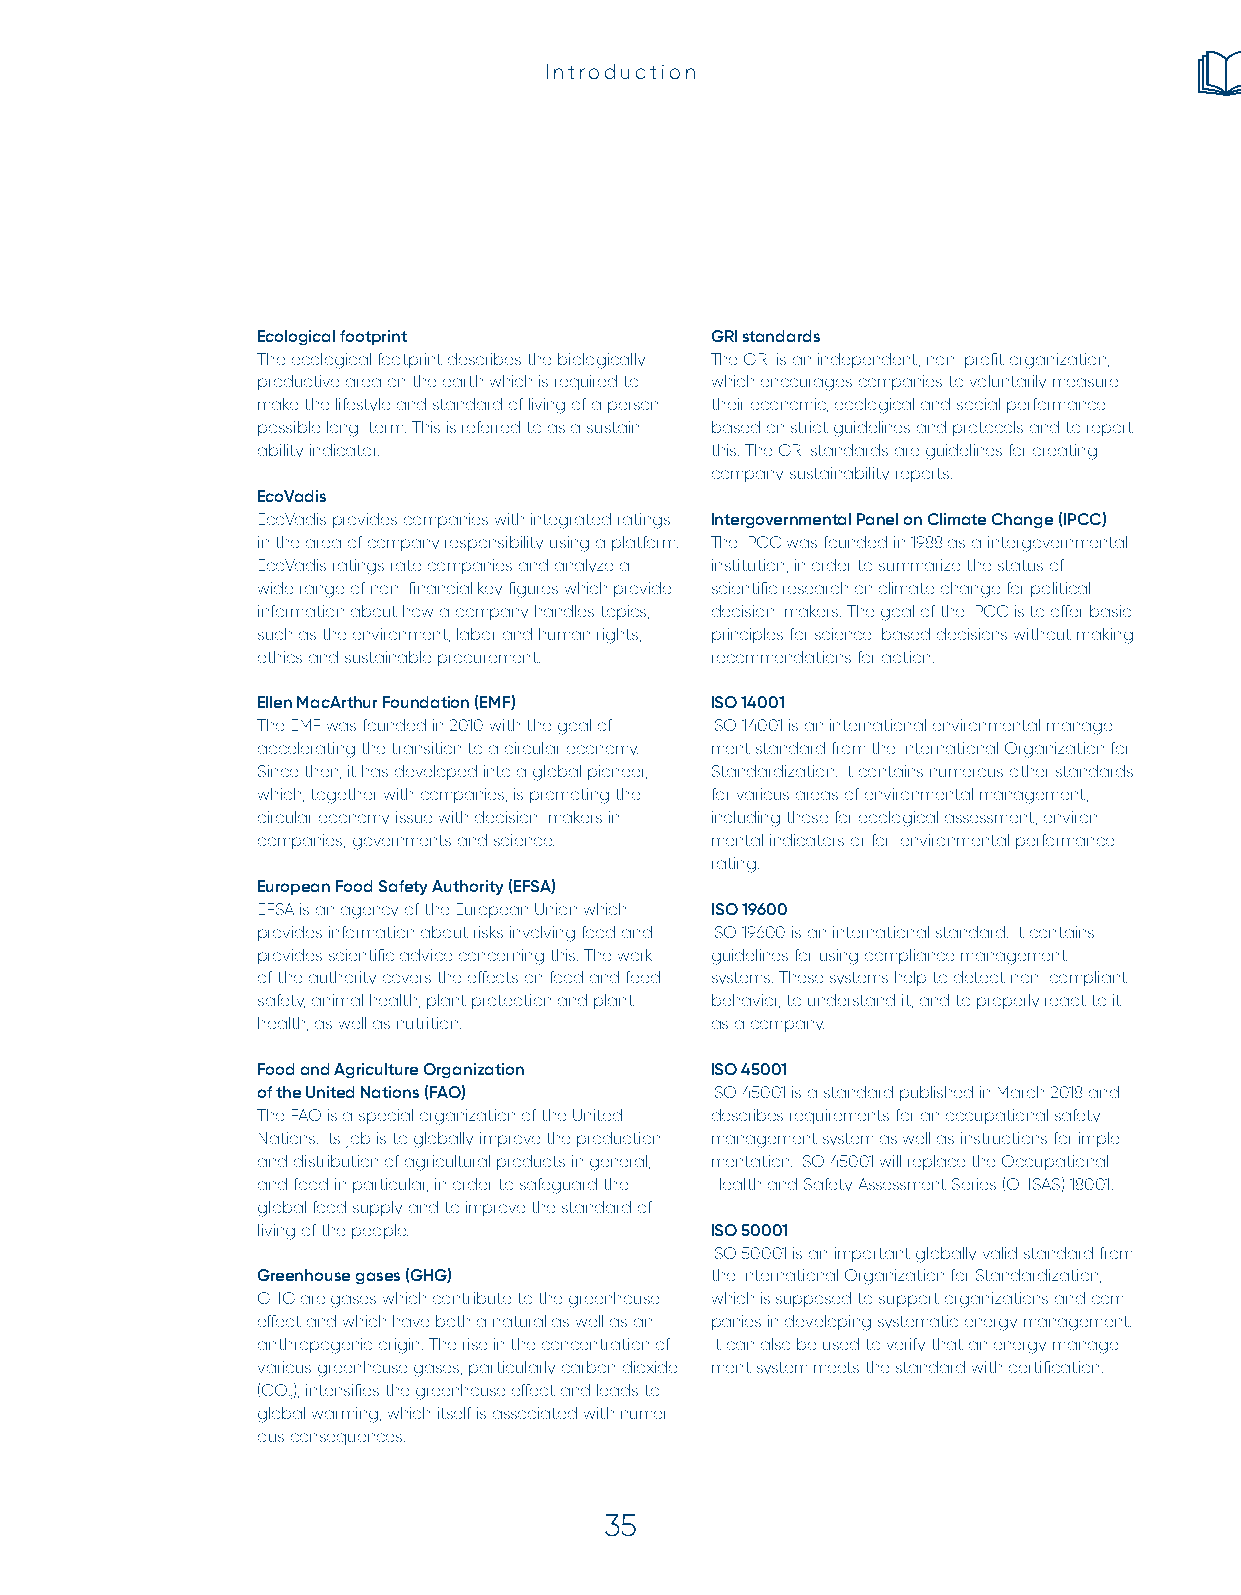
Introduction
 Ecological footprint          GRI standards
 The ecological footprint describes the biologically The GRI is an independent, non-profit organization,
 productive area on the earth which is required to which encourages companies to voluntarily measure
 make the lifestyle and standard of living of a person their economic, ecological and social performance
 possible long-term. This is referred to as a sustain- based on strict guidelines and protocols and to report
 ability indicator.            this. The GRI standards are guidelines for creating
 company sustainability reports.
 EcoVadis
 EcoVadis provides companies with integrated ratings Intergovernmental Panel on Climate Change (IPCC)
 in the area of company responsibility using a platform. The IPCC was founded in 1988 as a intergovernmental
 EcoVadis ratings rate companies and analyze a institution, in order to summarize the status of
 wide range of non-financial key figures which provide scientific research on climate change for political
 information about how a company handles topics, decision-makers. The goal of the IPCC is to offer basic
 such as the environment, labor and human rights, principles for science-based decisions without making
 ethics and sustainable procurement. recommendations for action.
 Ellen MacArthur Foundation (EMF) ISO 14001
 The EMF was founded in 2010 with the goal of ISO 14001 is an international environmental manage-
 accelerating the transition to a circular economy. ment standard from the International Organization for
 Since then, it has developed into a global pioneer, Standardization. It contains numerous other standards
 which, together with companies, is promoting the for various areas of environmental management,
 circular economy issue with decision-makers in including those for ecological assessment, environ-
 companies, governments and science. mental indicators or for environmental performance
 rating.
 European Food Safety Authority (EFSA)
 EFSA is an agency of the European Union which ISO 19600
 provides information about risks involving food and ISO 19600 is an international standard. It contains
 provides scientific advice concerning this. The work guidelines for using compliance management
 of the authority covers the effects on food and feed systems. These systems help to detect non-compliant
 safety, animal health, plant protection and plant behavior, to understand it, and to properly react to it
 health, as well as nutrition. as a company.
 Food and Agriculture Organization ISO 45001
 of the United Nations (FAO)   ISO 45001 is a standard published in March 2018 and
 The FAO is a special organization of the United describes requirements for an occupational safety
 Nations. Its job is to globally improve the production management system as well as instructions for imple-
 and distribution of agricultural products in general, mentation. ISO 45001 will replace the Occupational
 and food in particular, in order to safeguard the Health and Safety Assessment Series (OHSAS) 18001.
 global food supply and to improve the standard of
 living of the people.         ISO 50001
 ISO 50001 is an important globally valid standard from
 Greenhouse gases (GHG)        the International Organization for Standardization,
 GHG are gases which contribute to the greenhouse which is supposed to support organizations and com-
 effect and which have both a natural as well as an panies in developing systematic energy management.
 anthropogenic origin. The rise in the concentration of It can also be used to verify that an energy manage-
 various greenhouse gases, particularly carbon dioxide ment system meets the standard with certification.
 (CO), intensifies the greenhouse effect and leads to
 2
 global warming, which itself is associated with numer-
 ous consequences.
 35